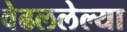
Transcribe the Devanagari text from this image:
वेढललेल्या